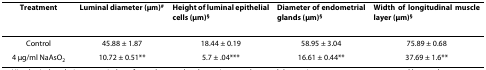
| Treatment | Luminal diameter (μm)# | Height of luminal epithelial cells (μm)§ | Diameter of endometrial glands (μm)§ | Width of longitudinal muscle layer (μm)§ |
 | --- | --- | --- | --- | --- |
 | Control | 45.88 ± 1.87 | 18.44 ± 0.19 | 58.95 ± 3.04 | 75.89 ± 0.68 |
 | 4 μg/ml NaAsO2 | 10.72 ± 0.51** | 5.7 ± .04*** | 16.61 ± 0.44** | 37.69 ± 1.6** |